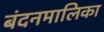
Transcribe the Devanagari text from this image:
बंदनमालिका